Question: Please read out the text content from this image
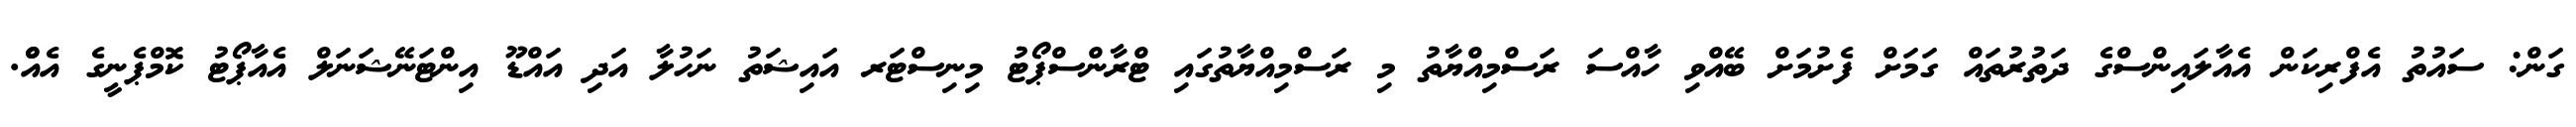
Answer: ގަން: ސައުތު އެފްރިކަން އެއާލައިންސްގެ ދަތުރުތައް ގަމަށް ފެށުމަށް ބޭއްވި ހާއްސަ ރަސްމިއްޔާތު މި ރަސްމިއްޔާތުގައި ޓްރާންސްޕޯޓު މިނިސްޓަރ އައިޝަތު ނަހުލާ އަދި އައްޑޫ އިންޓަނޭޝަނަލް އެއާޕޯޓު ކޮމްޕެނީގެ އެއްް.